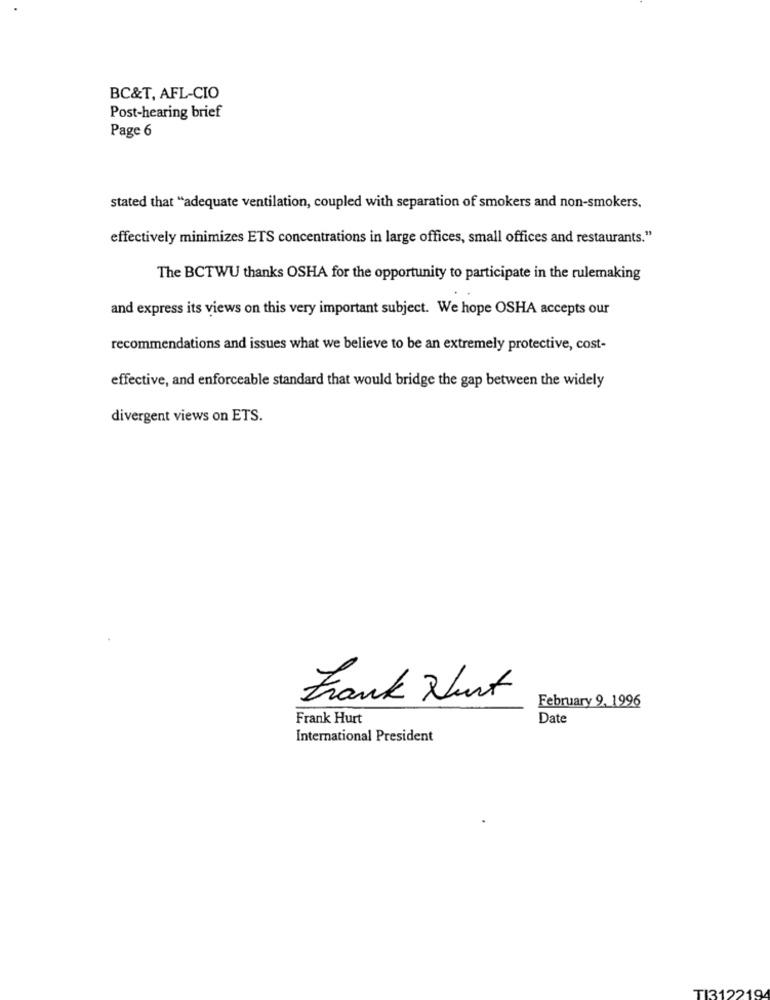
BC&T, AFL-CIO
Post-hearing brief
Page 6
stated that "adequate ventilation, coupled with separation of smokers and non-smokers.
effectively minimizes ETS concentrations in large offices, small offices and restaurants."
The BCTWU thanks OSHA for the opportunity to participate in the rulemaking
and express its views on this very important subject. We hope OSHA accepts our
recommendations and issues what we believe to be an extremely protective, cost-
effective, and enforceable standard that would bridge the gap between the widely
divergent views on ETS.
Frank Nurt
February 9, 1996
Frank Hurt
Date
International President
TI312219